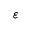
\varepsilon